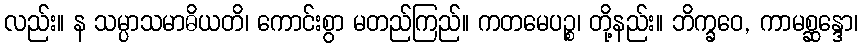
လည်း။ န သမ္ပာသမာဓိယတိ၊ ကောင်းစွာ မတည်ကြည်။ ကတမေပဉ္စ၊ တို့နည်း။ ဘိက္ခဝေ, ကာမစ္ဆန္ဒော၊